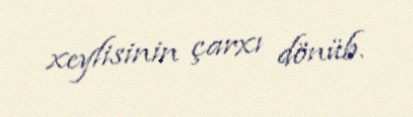
xeylisinin çarxı dönüb.